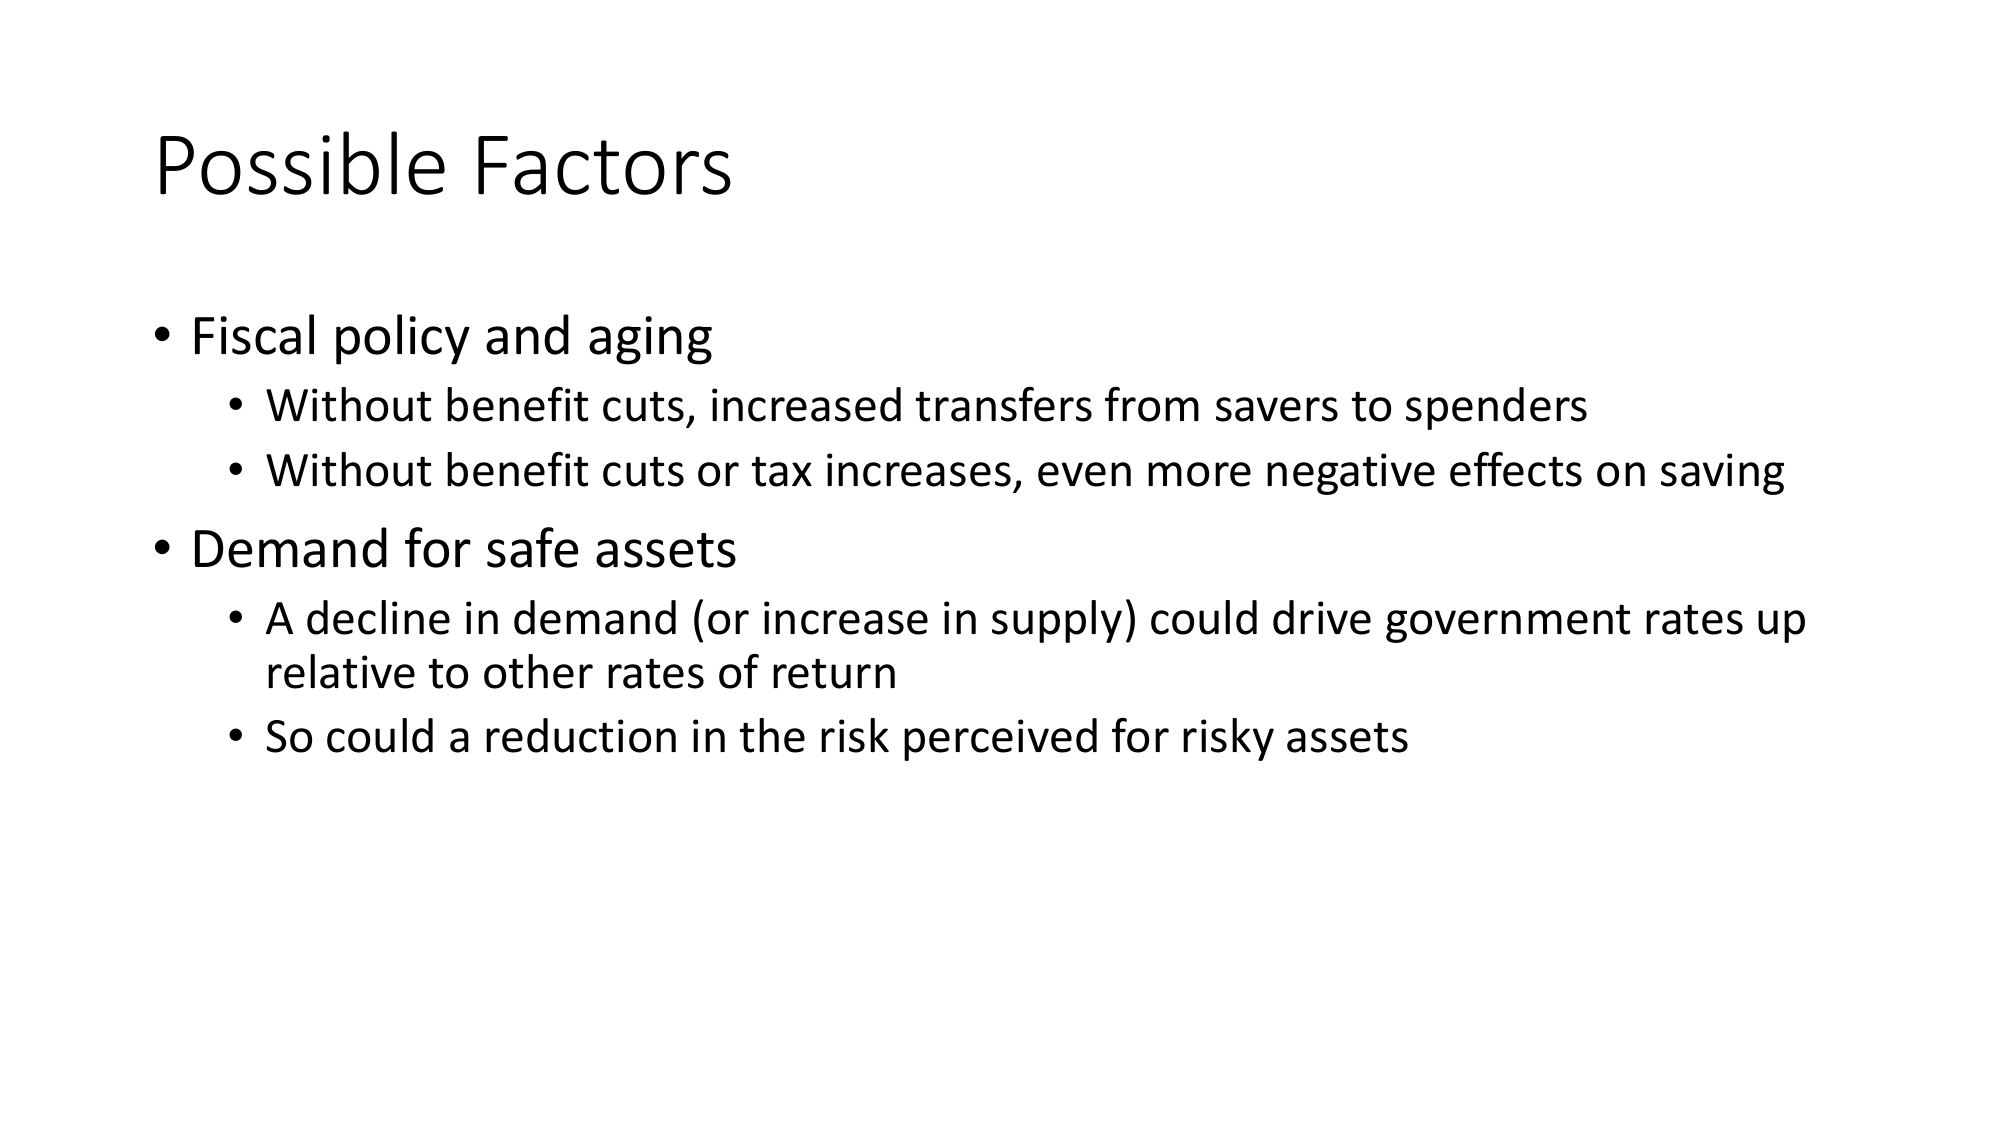
Possible Factors

• Fiscal policy and aging
   • Without benefit cuts, increased transfers from savers to spenders
   • Without benefit cuts or tax increases, even more negative effects on saving

• Demand for safe assets
   • A decline in demand (or increase in supply) could drive government rates up relative to other rates of return
   • So could a reduction in the risk perceived for risky assets